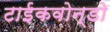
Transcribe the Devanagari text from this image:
टाईकवोन्डो